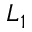
L _ { 1 }